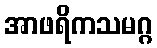
အာဖရိကသမဂ္ဂ